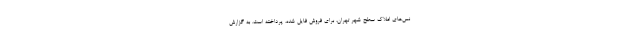
نس‌های‌ املاک سطح شهر تهران، برای فروش فایل شده، پرداخته است. به گزارش